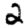
Digit: 2